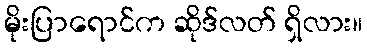
မိုးပြာရောင်က ဆိုဒ်လတ် ရှိလား။